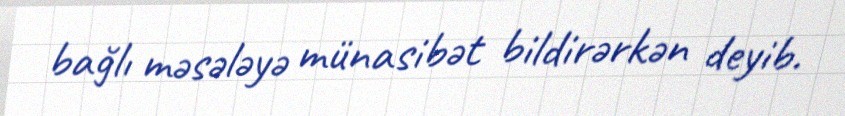
bağlı məsələyə münasibət bildirərkən deyib.